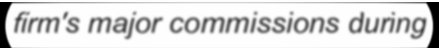
firm's major commissions during